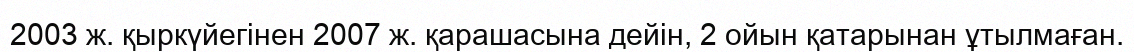
2003 ж. қыркүйегінен 2007 ж. қарашасына дейін, 2 ойын қатарынан ұтылмаған.